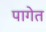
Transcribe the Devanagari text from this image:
पागेत